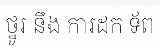
ថ្នូរ នឹង ការដក ទ័ព